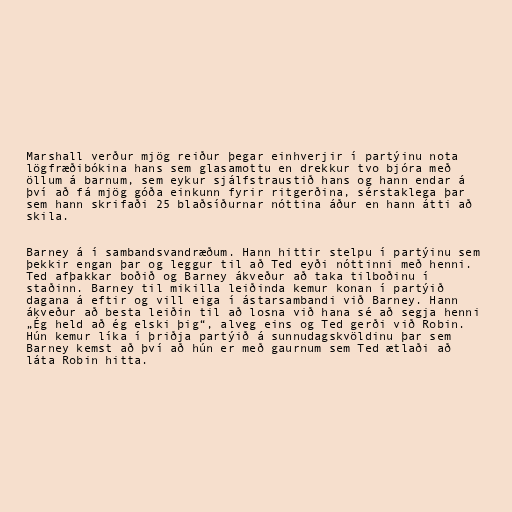
Marshall verður mjög reiður þegar einhverjir í partýinu nota
lögfræðibókina hans sem glasamottu en drekkur tvo bjóra með
öllum á barnum, sem eykur sjálfstraustið hans og hann endar á
því að fá mjög góða einkunn fyrir ritgerðina, sérstaklega þar
sem hann skrifaði 25 blaðsíðurnar nóttina áður en hann átti að
skila.

Barney á í sambandsvandræðum. Hann hittir stelpu í partýinu sem
þekkir engan þar og leggur til að Ted eyði nóttinni með henni.
Ted afþakkar boðið og Barney ákveður að taka tilboðinu í
staðinn. Barney til mikilla leiðinda kemur konan í partýið
dagana á eftir og vill eiga í ástarsambandi við Barney. Hann
ákveður að besta leiðin til að losna við hana sé að segja henni
„Ég held að ég elski þig“, alveg eins og Ted gerði við Robin.
Hún kemur líka í þriðja partýið á sunnudagskvöldinu þar sem
Barney kemst að því að hún er með gaurnum sem Ted ætlaði að
láta Robin hitta.